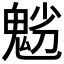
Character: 𩲿